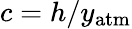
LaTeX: c=h/y_{\mathrm{atm}}